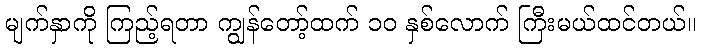
မျက်နှာကို ကြည့်ရတာ ကျွန်တော့်ထက် ၁၀ နှစ်လောက် ကြီးမယ်ထင်တယ်။